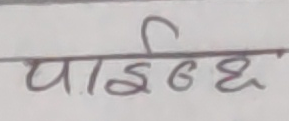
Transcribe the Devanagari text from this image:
पाईन्छ